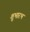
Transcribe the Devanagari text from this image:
शुभारभ